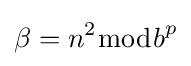
\beta =n^{2}{\bmod {b}}^{p}